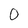
Character: 0